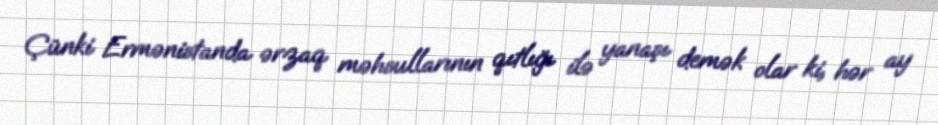
Çünki Ermənistanda ərzaq məhsullarının qıtlığı ilə yanaşı demək olar ki, hər ay